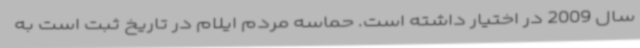
سال 2009 در اختیار داشته است. حماسه مردم ایلام در تاریخ ثبت است به